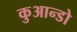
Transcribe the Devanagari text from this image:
कुआन्डो